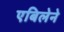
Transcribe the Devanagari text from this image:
एबिलेने